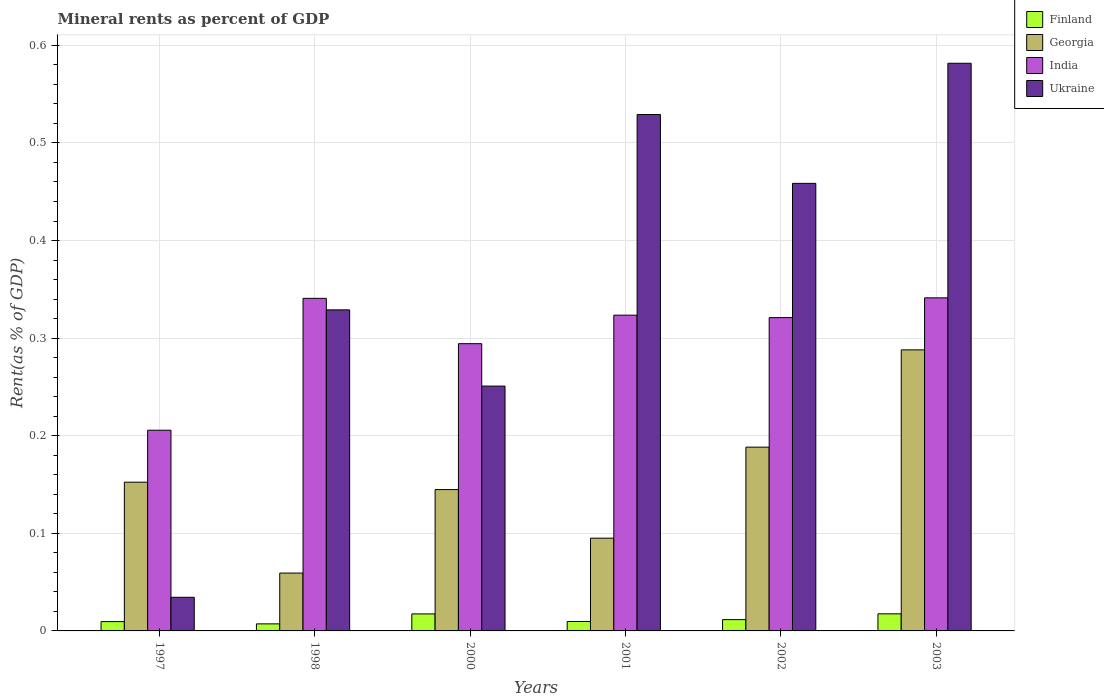
| Years | Finland | Georgia | India | Ukraine |
 | --- | --- | --- | --- | --- |
 | 1997 | 0.00955 | 0.152 | 0.206 | 0.0345 |
 | 1998 | 0.00722 | 0.0593 | 0.341 | 0.329 |
 | 2000 | 0.0174 | 0.145 | 0.294 | 0.251 |
 | 2001 | 0.00967 | 0.095 | 0.324 | 0.529 |
 | 2002 | 0.0116 | 0.188 | 0.321 | 0.459 |
 | 2003 | 0.0175 | 0.288 | 0.341 | 0.582 |